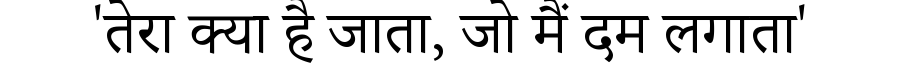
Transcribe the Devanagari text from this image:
'तेरा क्या है जाता, जो मैं दम लगाता'